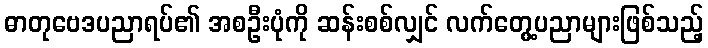
ဓာတုဗေဒပညာရပ်၏ အစဦးပုံကို ဆန်းစစ်လျှင် လက်တွေ့ပညာများဖြစ်သည့်